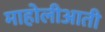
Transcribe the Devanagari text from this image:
माहोलीआती